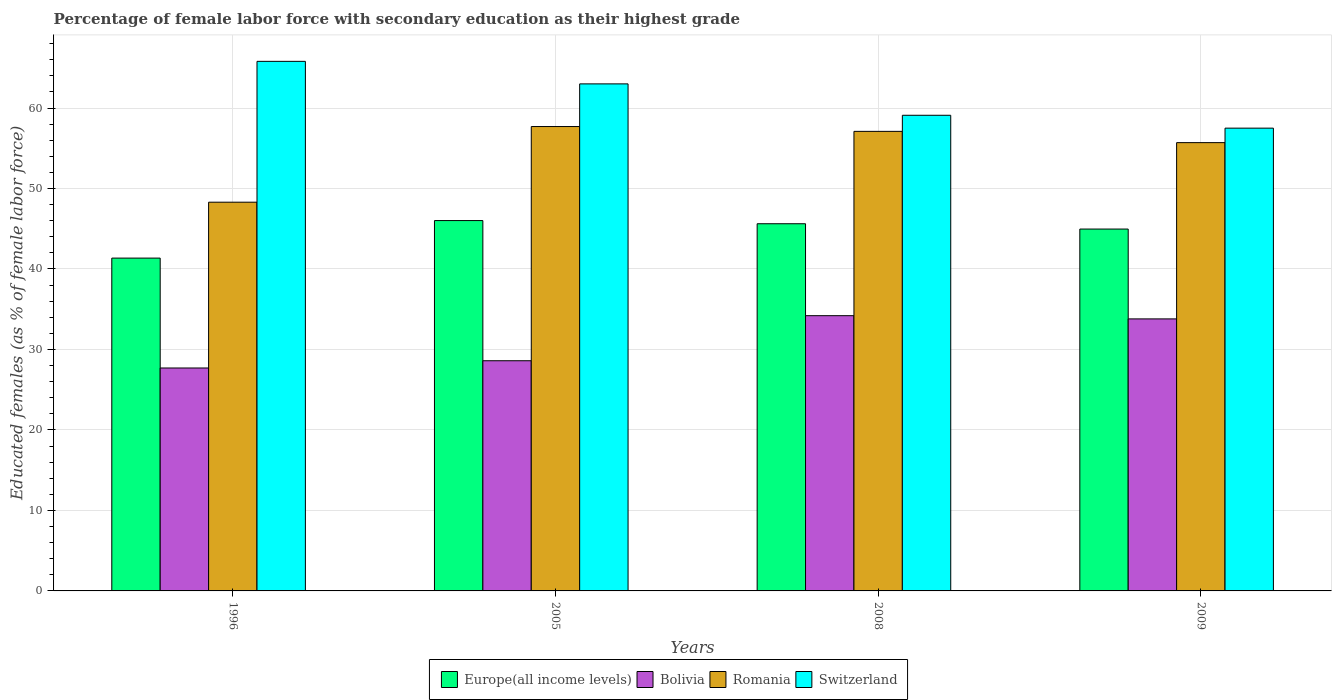
| Years | Europe(all income levels) | Bolivia | Romania | Switzerland |
 | --- | --- | --- | --- | --- |
 | 1996 | 41.4 | 27.7 | 48.3 | 65.8 |
 | 2005 | 46 | 28.6 | 57.7 | 63 |
 | 2008 | 45.6 | 34.2 | 57.1 | 59.1 |
 | 2009 | 45 | 33.8 | 55.7 | 57.5 |